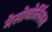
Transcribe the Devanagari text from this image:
मेसोवोर्तिसस